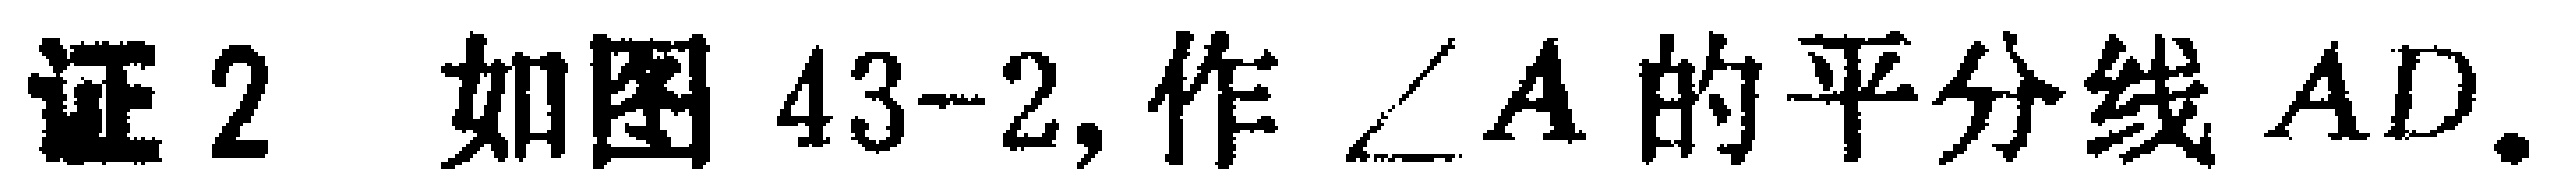
证2 如图43-2, 作$\angle A$的平分线$AD$.